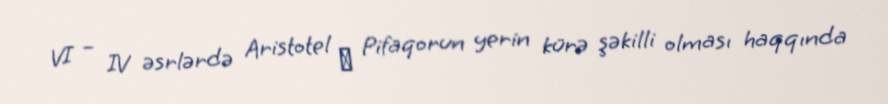
VI – IV əsrlərdə Aristotel α Pifaqorun yerin kürə şəkilli olması haqqında